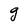
Character: g